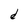
Character: d